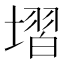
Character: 𡏽